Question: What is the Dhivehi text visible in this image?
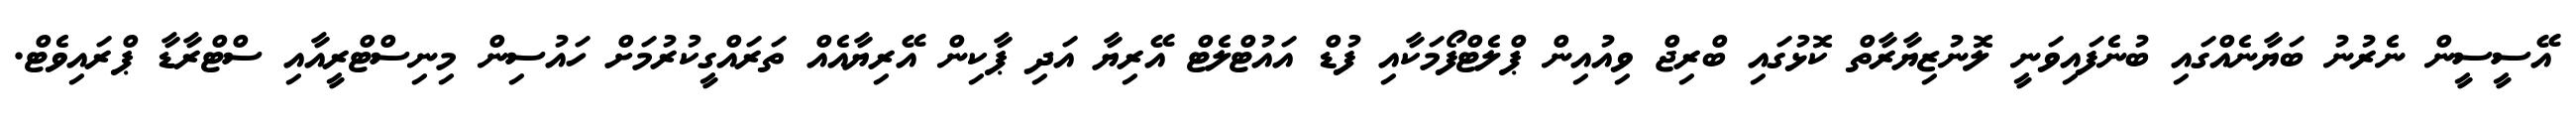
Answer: އޭސީސީން ނެރުނު ބަޔާނެއްގައި ބުނެފައިވަނީ ލޮނުޒިޔާރާތް ކޮޅުގައި ބްރިޖް ވިއުއިން ޕްލެޓްފޯމަކާއި ފުޑް އައުޓްލެޓް އޭރިޔާ އަދި ޕާކިން އޭރިޔާއެއް ތަރައްގީކުރުމަށް ހައުސިން މިނިސްޓްރީއާއި ސްޓްރާޑާ ޕްރައިވެޓް.